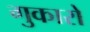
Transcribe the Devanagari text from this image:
गुकारो